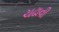
ચઢાવી